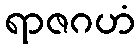
ရာဇဂဟံ